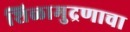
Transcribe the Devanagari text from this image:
शिळामुद्रणाचा